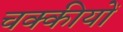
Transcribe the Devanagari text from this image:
चक्कीयों